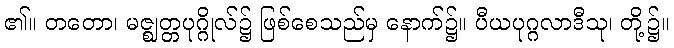
၏။ တတော၊ မဇ္ဈတ္တပုဂ္ဂိုလ်၌ ဖြစ်စေသည်မှ နောက်၌။ ပီယပုဂ္ဂလာဒီသု၊ တို့၌။